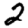
Digit: 2